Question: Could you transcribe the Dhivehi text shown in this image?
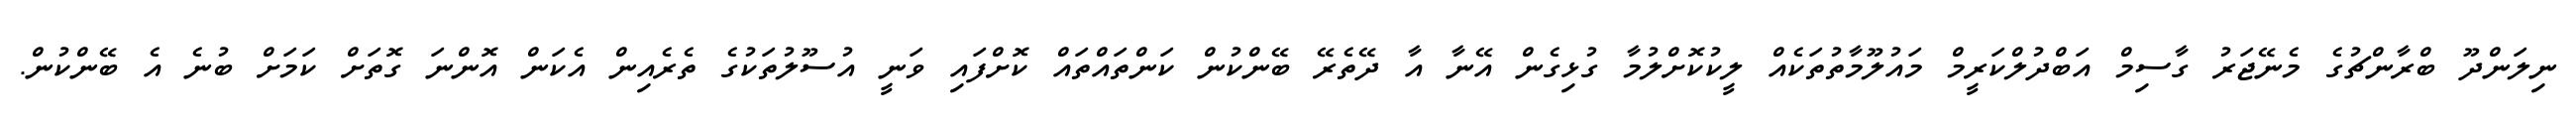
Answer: ނިލަންދޫ ބްރާންޗުގެ މެނޭޖަރު ގާސިމް އަބްދުލްކަރީމް މައުލޫމާތުތަކެއް ލީކުކޮށްލުމާ ގުޅިގެން އޭނާ އާ ދޭތެރޭ ބޭންކުން ކަންތައްތައް ކޮށްފައި ވަނީ އުސޫލުތަކުގެ ތެރެއިން އެކަން އޮންނަ ގޮތަށް ކަމަށް ބުނެ އެ ބޭންކުން.